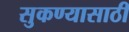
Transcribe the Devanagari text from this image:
सुकण्यासाठी